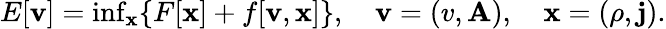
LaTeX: \begin{array}{r}{E[\mathbf{v}]=\operatorname*{inf}_{\mathbf{x}}\{ F[\mathbf{x}]+f[\mathbf{v},\mathbf{x}]\} ,\quad\mathbf{v}=(v,\mathbf{A}),\quad\mathbf{x}=(\rho,\mathbf{j}).}\end{array}